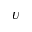
U